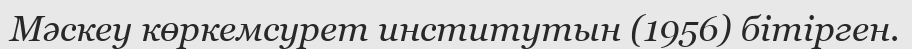
Мәскеу көркемсурет институтын (1956) бітірген.